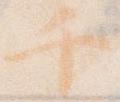
千